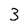
Character: 3